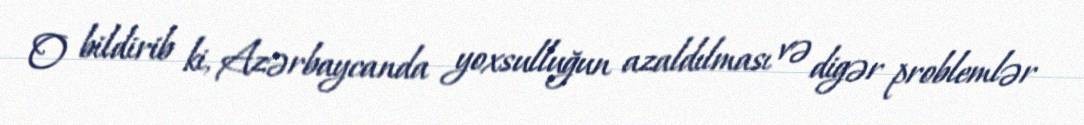
O bildirib ki, Azərbaycanda yoxsulluğun azaldılması və digər problemlər